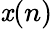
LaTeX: \mathit{x}(n)